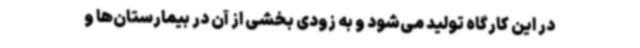
در این کارگاه تولید می‌شود و به زودی بخشی از آن در بیمارستان‌ها و